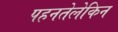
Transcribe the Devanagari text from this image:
पहनतेलेकिन